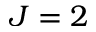
J = 2